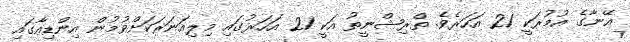
އޭނާގެ އުމުރަކީ 21 އަހަރެވެ. ތްރިޝްނީތު އަކީ 21 އަހަރުގައި މިލިއަނަރަކަށްވުމުން އިންޑިއާގައި